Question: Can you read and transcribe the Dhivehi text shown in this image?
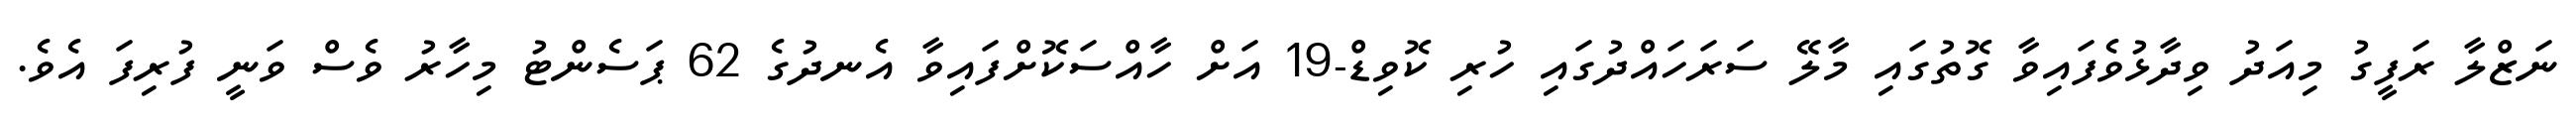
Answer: ނަޒްލާ ރަފީގު މިއަދު ވިދާޅުވެފައިވާ ގޮތުގައި މާލޭ ސަރަހައްދުގައި ހުރި ކޮވިޑް-19 އަށް ހާއްސަކޮށްފައިވާ އެނދުގެ 62 ޕަސެންޓު މިހާރު ވެސް ވަނީ ފުރިފަ އެވެ.